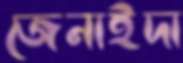
জেনাইদা